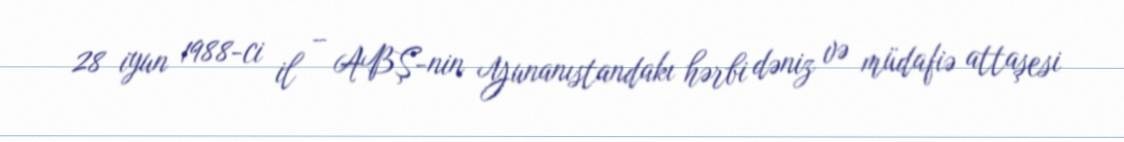
28 iyun 1988-ci il – ABŞ-nin Yunanıstandakı hərbi dəniz və müdafiə attaşesi